Annual administration report of the Civil Veterinary Department of India - 1893-1894
Year: 1893
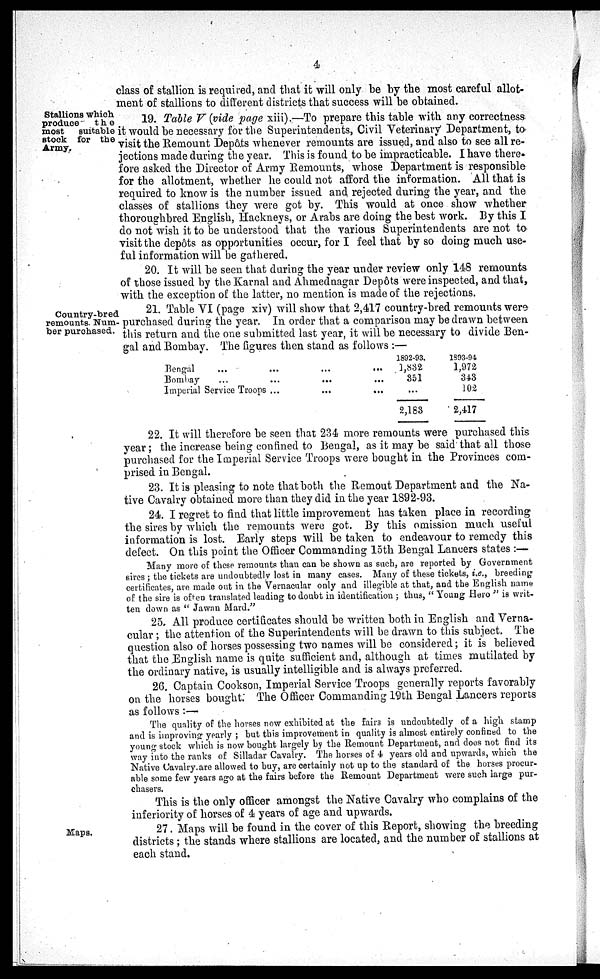
4
class of stallion is required, and that it will only be by the most careful allot-
ment of stallions to different districts that success will be obtained.
Stallions which
produce
the
most
suitable
stock for the
Army.
19. Table V (vide page xiii).—To prepare this table with any correctness
it would be necessary for the Superintendents, Civil Veterinary Department, to
visit the Remount Depôts whenever remounts are issued, and also to see all re-
jections made during the year. This is found to be impracticable. I have there-
fore asked the Director of Army Remounts, whose Department is responsible
for the allotment, whether he could not afford the information. All that is
required to know is the number issued and rejected during the year, and the
classes of stallions they were got by. This would at once show whether
thoroughbred English, Hackneys, or Arabs are doing the best work. By this I
do not wish it to be understood that the various Superintendents are not to
visit the depôts as opportunities occur, for I feel that by so doing much use-
ful information will be gathered.
20. It will be seen that during the year under review only 148 remounts
of those issued by the Karnal and Ahmednagar Depôts were inspected, and. that,
with the exception of the latter, no mention is made of the rejections.
Country-bred
remounts. Num-
ber purchased.
21. Table VI (page xiv) will show that 2,417 country-bred remounts were
purchased during the year. In order that a comparison may be drawn between
this return and the one submitted last year, it will be necessary to divide Ben-
gal and Bombay. The figures then stand as follows:—
Bengal ... ... ... ...
Bombay ... ... ... ...
Imperial Service Troops ... ... ...
1892-93.
1,832
351
...
2,183
1393-94
1,972
343
102
2,417
22. It will therefore be seen that 234 more remounts were purchased this
year; the increase being confined to Bengal, as it may be said that all those
purchased for the Imperial Service Troops were bought in the Provinces com-
prised in Bengal.
23. It is pleasing to note that both the Remout Department and the Na-
tive Cavalry obtained more than they did in the year 1892-93.
24. I regret to find that little improvement has taken place in recording
the sires by which the remounts were got. By this omission much useful
information is lost. Early steps will be taken to endeavour to remedy this
defect. On this point the Officer Commanding 15th Bengal Lancers states :—-
Many more of these remounts than can be shown as such, are reported by Government
sires ; the tickets are undoubtedly lost in many cases. Many of these tickets,
i.e., breeding
certificates, are made out in the Vernacular only and illegible at that, and the English name
of the sire is often translated leading to doubt in identification ; thus, " Young Hero " is writ-
ten down as " Jawan Mard."
25. All produce certificates should be written both in English and Verna-
cular ; the attention of the Superintendents will be drawn to this subject. The
question also of horses possessing two names will be considered; it is believed
that the English name is quite sufficient and, although at times mutilated by
the ordinary native, is usually intelligible and is always preferred.
26. Captain Cookson, Imperial Service Troops generally reports favorably
on the horses bought. The Officer Commanding 19th Bengal Lancers reports
as follows :—
The quality of the horses now exhibited at the fairs is undoubtedly of a high stamp
and is improving: yearly ; but this improvement in quality is almost entirely confined to the
young stock which is now bought largely by the Remount Department, and does not find its
way into the ranks of Silladar Cavalry. The horses of 4 years old and upwards, which the
Native Cavalry are allowed to buy, are certainly not up to the standard of the horses procur-
able some few years ago at the fairs before the Remount Department were such large pur-
chasers.
This is the only officer amongst the Native Cavalry who complains of the
inferiority of horses of 4 years of age and upwards.
Maps.
27. Maps will be found in the cover of this Report, showing the breeding
districts ; the stands where stallions are located, and the number of stallions at
each stand.